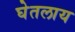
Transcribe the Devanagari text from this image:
घेतलाय